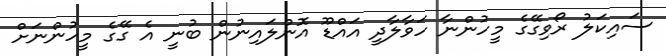
ސައިކަލު ރޯވިގޭގެ މީހުންނާ ހަވާލާދީ އައްޑޫ އޮންލައިނުން ބުނީ އެ ގޭގެ މީހުންނަށް